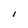
Character: l